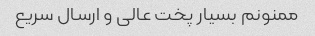
ممنونم بسیار پخت عالی و ارسال سریع